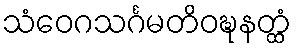
သံဝေဂသင်္ဂမတိဝဍ္ဎနတ္ထံ